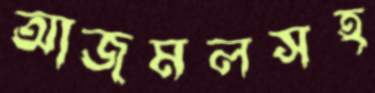
আজমলসহ